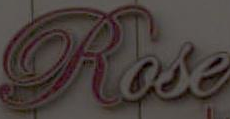
Rose